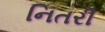
નિતરી